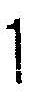
1